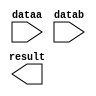
// megafunction wizard: %LPM_ADD_SUB%VBB%
// GENERATION: STANDARD
// VERSION: WM1.0
// MODULE: LPM_ADD_SUB 

// ============================================================
// Megafunction Name(s):
// 			LPM_ADD_SUB
//
// Simulation Library Files(s):
// 			lpm
// ============================================================
// ************************************************************
// THIS IS A WIZARD-GENERATED FILE. DO NOT EDIT THIS FILE!
//
// 13.0.1 Build 232 06/12/2013 SP 1 SJ Full Version
// ************************************************************

//Copyright (C) 1991-2013 Altera Corporation
//Your use of Altera Corporation's design tools, logic functions 
//and other software and tools, and its AMPP partner logic 
//functions, and any output files from any of the foregoing 
//(including device programming or simulation files), and any 
//associated documentation or information are expressly subject 
//to the terms and conditions of the Altera Program License 
//Subscription Agreement, Altera MegaCore Function License 
//Agreement, or other applicable license agreement, including, 
//without limitation, that your use is for the sole purpose of 
//programming logic devices manufactured by Altera and sold by 
//Altera or its authorized distributors.  Please refer to the 
//applicable agreement for further details.

module add32 (
	dataa,
	datab,
	result);

	input	[33:0]  dataa;
	input	[33:0]  datab;
	output	[33:0]  result;

endmodule

// ============================================================
// CNX file retrieval info
// ============================================================
// Retrieval info: PRIVATE: CarryIn NUMERIC "0"
// Retrieval info: PRIVATE: CarryOut NUMERIC "0"
// Retrieval info: PRIVATE: ConstantA NUMERIC "0"
// Retrieval info: PRIVATE: ConstantB NUMERIC "0"
// Retrieval info: PRIVATE: Function NUMERIC "0"
// Retrieval info: PRIVATE: INTENDED_DEVICE_FAMILY STRING "Arria GX"
// Retrieval info: PRIVATE: LPM_PIPELINE NUMERIC "1"
// Retrieval info: PRIVATE: Latency NUMERIC "0"
// Retrieval info: PRIVATE: Overflow NUMERIC "0"
// Retrieval info: PRIVATE: RadixA NUMERIC "10"
// Retrieval info: PRIVATE: RadixB NUMERIC "10"
// Retrieval info: PRIVATE: Representation NUMERIC "0"
// Retrieval info: PRIVATE: SYNTH_WRAPPER_GEN_POSTFIX STRING "0"
// Retrieval info: PRIVATE: ValidCtA NUMERIC "0"
// Retrieval info: PRIVATE: ValidCtB NUMERIC "0"
// Retrieval info: PRIVATE: WhichConstant NUMERIC "0"
// Retrieval info: PRIVATE: aclr NUMERIC "0"
// Retrieval info: PRIVATE: clken NUMERIC "0"
// Retrieval info: PRIVATE: nBit NUMERIC "34"
// Retrieval info: PRIVATE: new_diagram STRING "1"
// Retrieval info: LIBRARY: lpm lpm.lpm_components.all
// Retrieval info: CONSTANT: LPM_DIRECTION STRING "ADD"
// Retrieval info: CONSTANT: LPM_HINT STRING "ONE_INPUT_IS_CONSTANT=NO,CIN_USED=NO"
// Retrieval info: CONSTANT: LPM_REPRESENTATION STRING "SIGNED"
// Retrieval info: CONSTANT: LPM_TYPE STRING "LPM_ADD_SUB"
// Retrieval info: CONSTANT: LPM_WIDTH NUMERIC "34"
// Retrieval info: USED_PORT: dataa 0 0 34 0 INPUT NODEFVAL "dataa[33..0]"
// Retrieval info: USED_PORT: datab 0 0 34 0 INPUT NODEFVAL "datab[33..0]"
// Retrieval info: USED_PORT: result 0 0 34 0 OUTPUT NODEFVAL "result[33..0]"
// Retrieval info: CONNECT: @dataa 0 0 34 0 dataa 0 0 34 0
// Retrieval info: CONNECT: @datab 0 0 34 0 datab 0 0 34 0
// Retrieval info: CONNECT: result 0 0 34 0 @result 0 0 34 0
// Retrieval info: GEN_FILE: TYPE_NORMAL add32.v TRUE
// Retrieval info: GEN_FILE: TYPE_NORMAL add32.inc FALSE
// Retrieval info: GEN_FILE: TYPE_NORMAL add32.cmp FALSE
// Retrieval info: GEN_FILE: TYPE_NORMAL add32.bsf TRUE
// Retrieval info: GEN_FILE: TYPE_NORMAL add32_inst.v FALSE
// Retrieval info: GEN_FILE: TYPE_NORMAL add32_bb.v TRUE
// Retrieval info: LIB_FILE: lpm